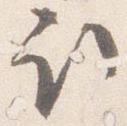
取